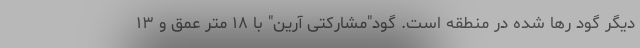
دیگر گود رها شده در منطقه است. گود"مشارکتی آرین" با ۱۸ متر عمق و ۱۳